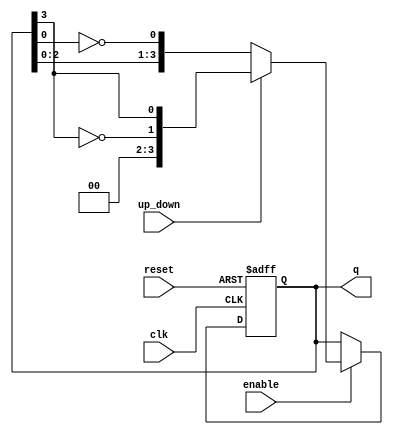
module bidirectional_johnson_counter (
    input wire clk,        // Clock input
    input wire reset,      // Asynchronous reset signal
    input wire enable,     // Enable signal
    input wire up_down,    // Control signal: 1 for count up, 0 for count down
    output reg [n-1:0] q   // Counter output (n-bit)
);
    parameter n = 4;       // Define the number of bits for the counter (adjustable)

    always @(posedge clk or posedge reset) begin
        if (reset) begin
            q <= 0;        // Reset all flip-flops to zero
        end else if (enable) begin
            if (up_down) begin
                // Counting Up (Left Shift for Johnson Counter)
                q <= { ~q[n-1], q[n-1:n-1] }; // Invert q[n-1] to first flip-flop
            end else begin
                // Counting Down (Right Shift for Johnson Counter)
                q <= { q[n-2:0], ~q[0] }; // Invert last flip-flop to the first
            end
        end
    end

endmodule